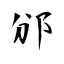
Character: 邠